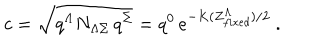
LaTeX: c = { \sqrt { q ^ { \Lambda } N _ { \Lambda \Sigma } \, q ^ { \Sigma } } } = q ^ { 0 } \, e ^ { - K ( Z _ { f i x e d } ^ { \Lambda } ) / 2 } \ .